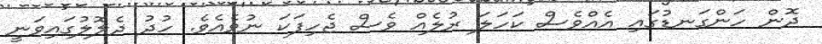
ދޮން ހަންގަނޑުގައި އެއްވެސް ކަހަލަ ރުލެއް ވެސް ޖެހިފަކަ ނުވެއެވެ. ހުދު ދެލޮލުގައިވަނީ